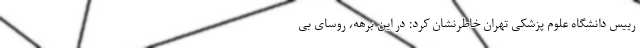
رییس دانشگاه علوم پزشکی تهران خاطرنشان کرد: در این برهه، روسای بی